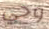
وحي